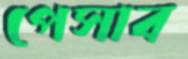
পেসাব